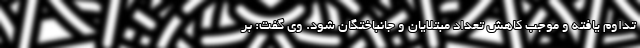
تداوم یافته و موجب کاهش تعداد مبتلایان و جانباختگان شود. وی گفت: بر